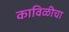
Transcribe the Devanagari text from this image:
काविळीचा